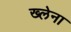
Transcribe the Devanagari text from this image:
ख्लेना